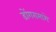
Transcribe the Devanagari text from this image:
डोंगरामागे